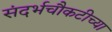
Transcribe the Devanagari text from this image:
संदर्भचौकटीच्या